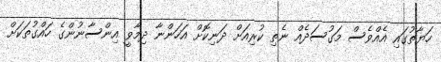
ހަޔާތުގައި އެއްވެސް މަގުސަދެއް ނެތި ކުރިއަށް ދަނިކޮށް އަހަންނާ ދިމާވީ އިންސާނުންގެ ހައްގުތަކަށް